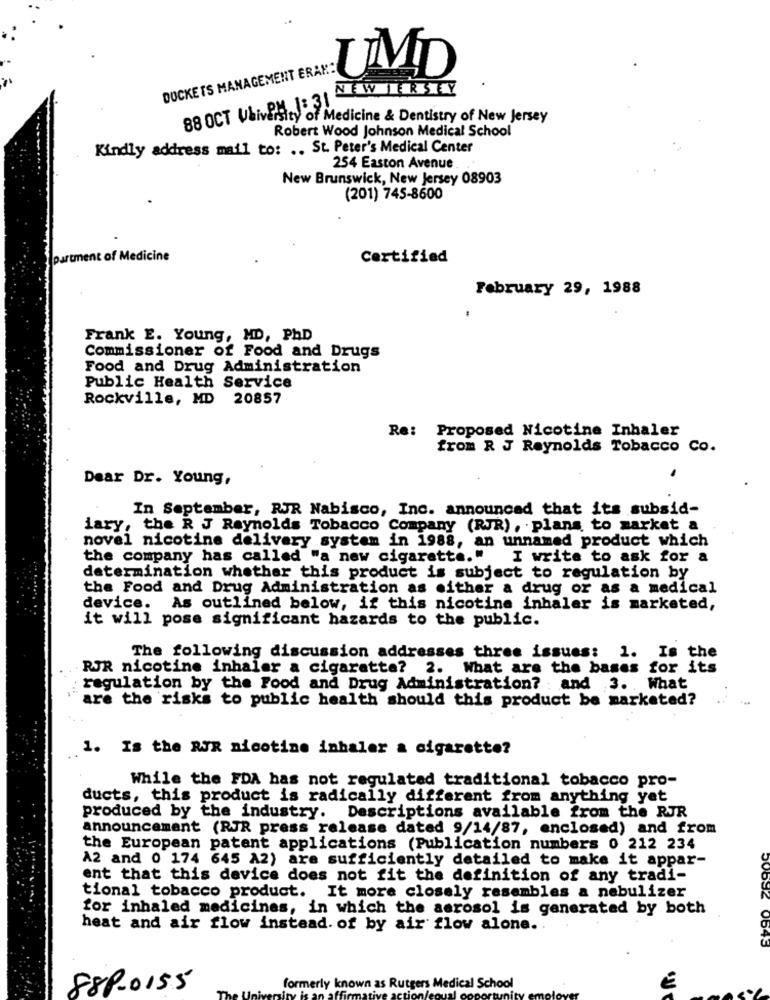
DOCKETS MANAGEMENT ERAK
UMD
NEW JERSEY
88 OCT VANPM J: 31
isity of Medicine & Dentistry of New Jersey
Robert Wood Johnson Medical School
Kindly address mail to: .. St. Peter's Medical Center
254 Easton Avenue
New Brunswick, New Jersey 08903
(201) 745-8600
partment of Medicine
Certified
February 29, 1988
Frank E. Young, MD, PHD
Commissioner of Food and Drugs
Food and Drug Administration
Public Health Service
Rockville, MD 20857
Re: Proposed Nicotine Inhaler
from R J Reynolds Tobacco Co.
Dear Dr. Young,
In September, RJR Nabisco, Inc. announced that its subsid-
iary, the R J Reynolds Tobacco Company (RJR), plans to market a
novel nicotine delivery system in 1988, an unnamed product which
the company has called "a new cigarette."
I write to ask for a
determination whether this product is subject to regulation by
the Food and Drug Administration as either a drug or as a medical
device.
As outlined below, if this nicotine inhaler is
marketed,
it will pose significant hazards to the public.
The following discussion addresses three issues: 1. Is the
RJR nicotine inhaler a cigarette? 2. What are the bases for its
regulation by the Food and Drug Administration? : and 3. What
are the risks to public health should this product be marketed?
1. Is the RJR nicotine inhaler a cigarette?
While the FDA has not regulated traditional tobacco pro-
ducts, this product is radically different from anything yet
produced by the industry. Descriptions available from the RJR
announcement (RJR press release dated 9/14/87, enclosed) and from
the European patent applications (Publication numbers 0 212 234
A2 and 0 174 645 A2) are sufficiently detailed to make it appar-
ent that this device does not fit the definition of any tradi-
tional tobacco product. It more closely resembles a nebulizer
for inhaled medicines, in which the aerosol is generated by both
heat and air flow instead. of by air flow alone ..
889-0155
formerly known as Rutgers Medical School
€